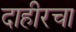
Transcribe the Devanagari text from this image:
दाहीरचा